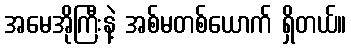
အမေအိုကြီးနဲ့ အစ်မတစ်ယောက် ရှိတယ်။